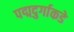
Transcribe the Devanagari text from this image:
पद्मदुर्गाकडे